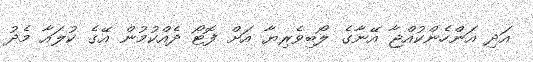
އަދި އަންހެންކުއްޖާ އޭނާގެ ލޯބިވެރިޔާ އަށް ފޮޓޯ ދެއްކުމުން އޭގެ ކުލައާ މެދު